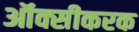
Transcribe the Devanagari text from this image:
ऑक्सीकरक